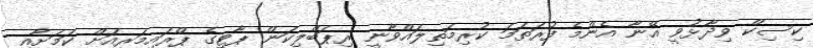
ކިސިކް ވިދާޅުވީ އޭނާ އެންމެ ފުރަތަމަ ކުރިމަތިލައްވާނީ ރިޕަބްލިކަން ޕާޓީގެ ޕްރައިމަރީއަށް ކަމަށާއި